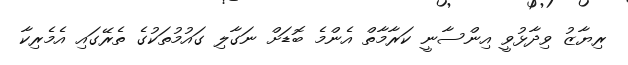
ރިޔާޒު ވިދާޅުވީ އިންސާނީ ކަރާމާތް އެންމެ ބޮޑަށް ނަގާލި ގައުމުތަކުގެ ތެރޭގައި އެމެރިކާ